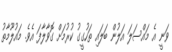
ވަނީ އެ މައްސަލަ އަލުން ބަލައި ތަހުގީގު ކުރުމަށް ގޮވާލާފަ އެވެ. މައުލޫމާތު